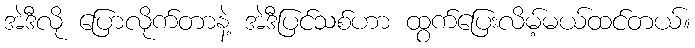
အဲဒီလို ပြောလိုက်တာနဲ့ အဲဒီပြင်သစ်ဟာ ထွက်ပြေးလိမ့်မယ်ထင်တယ်။